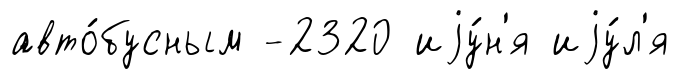
авто́бусным -2320 иjу́н'я иjу́л'я